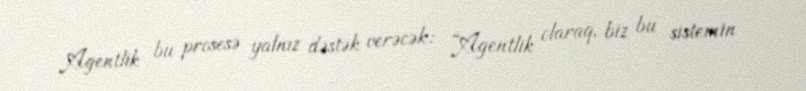
Agentlik bu prosesə yalnız dəstək verəcək: “Agentlik olaraq, biz bu sistemin